Lunatic asylums Central Provinces reports 1874-1885 - 1874-1885
Year: 1874
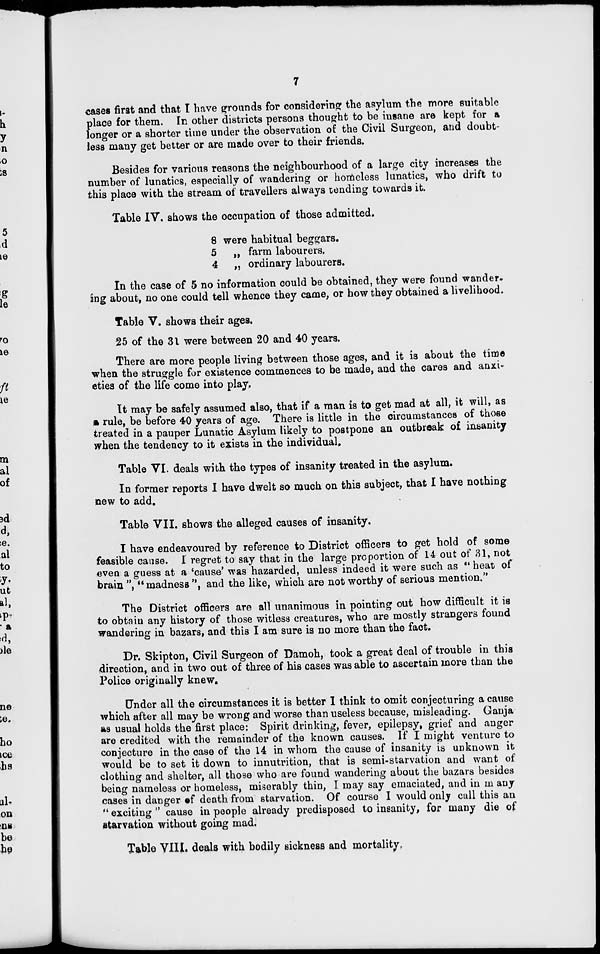
7
cases first and that I have grounds for considering the asylum the more suitable
place for them. In other districts persons thought to be insane are kept for a
longer or a shorter time under the observation of the Civil Surgeon, and doubt-
less many get better or are made over to their friends.
Besides for various reasons the neighbourhood of a large city increases the
number of lunatics, especially of wandering or homeless lunatics, who drift to
this place with the stream of travellers always tending towards it.
Table IV. shows the occupation of those admitted.
8
5
4
were habitual beggars.
„ farm labourers.
„ ordinary labourers.
In the case of 5 no information could be obtained, they were found wander-
ing about, no one could tell whence they came, or how they obtained a livelihood.
Table V. shows their ages.
25 of the 31 were between 20 and 40 years.
There are more people living between those ages, and it is about the time
when the struggle for existence commences to be made, and the cares and anxi-
eties of the life come into play.
It may be safely assumed also, that if a man is to get mad at all, it will, as
a rule, be before 40 years of age. There is little in the circumstances of those
treated in a pauper Lunatic Asylum likely to postpone an outbreak of insanity
when the tendency to it exists in the individual.
Table VI. deals with the types of insanity treated in the asylum.
In former reports I have dwelt so much on this subject, that I have nothing
new to add.
Table VII. shows the alleged causes of insanity.
I have endeavoured by reference to District officers to get hold of some
feasible cause. I regret to say that in the large proportion of 14 out of 31, not
even a guess at a 'cause' was hazarded, unless indeed it were such as " heat of
brain ", " madness ", and the like, which are not worthy of serious mention."
The District officers are all unanimous in pointing out how difficult it is
to obtain any history of those witless creatures, who are mostly strangers found
wandering in bazars, and this I am sure is no more than the fact.
Dr. Skipton, Civil Surgeon of Damoh, took a great deal of trouble in this
direction, and in two out of three of his cases was able to ascertain more than the
Police originally knew.
Under all the circumstances it is better I think to omit conjecturing a cause
which after all may be wrong and worse than useless because, misleading. Ganja
as usual holds the first place: Spirit drinking, fever, epilepsy, grief and anger
are credited with the remainder of the known causes. If I might venture to
conjecture in the case of the 14 in whom the cause of insanity is unknown it
would be to set it down to innutrition, that is semi-starvation and want of
clothing and shelter, all those who are found wandering about the bazars besides
being nameless or homeless, miserably thin, I may say emaciated, and in m any
cases in danger of death from starvation. Of course I would only call this an
"exciting" cause in people already predisposed to insanity, for many die of
starvation without going mad.
Table VIII. deals with bodily sickness and mortality.